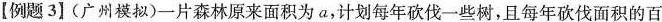
【例题3】(广州模拟)一片森林原来面积为a，计划每年砍伐一些树，且每年砍伐面积的百